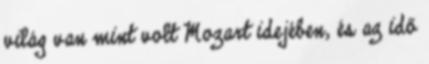
világ van mint volt Mozart idejében, és az idő